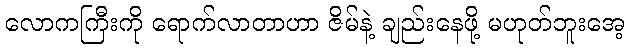
လောကကြီးကို ရောက်လာတာဟာ ဇိမ်နဲ့ ချည်းနေဖို့ မဟုတ်ဘူးအေ့